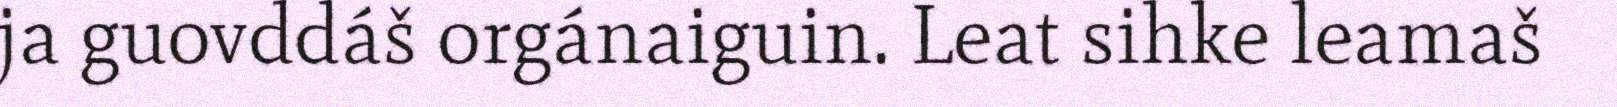
ja guovddáš orgánaiguin. Leat sihke leamaš